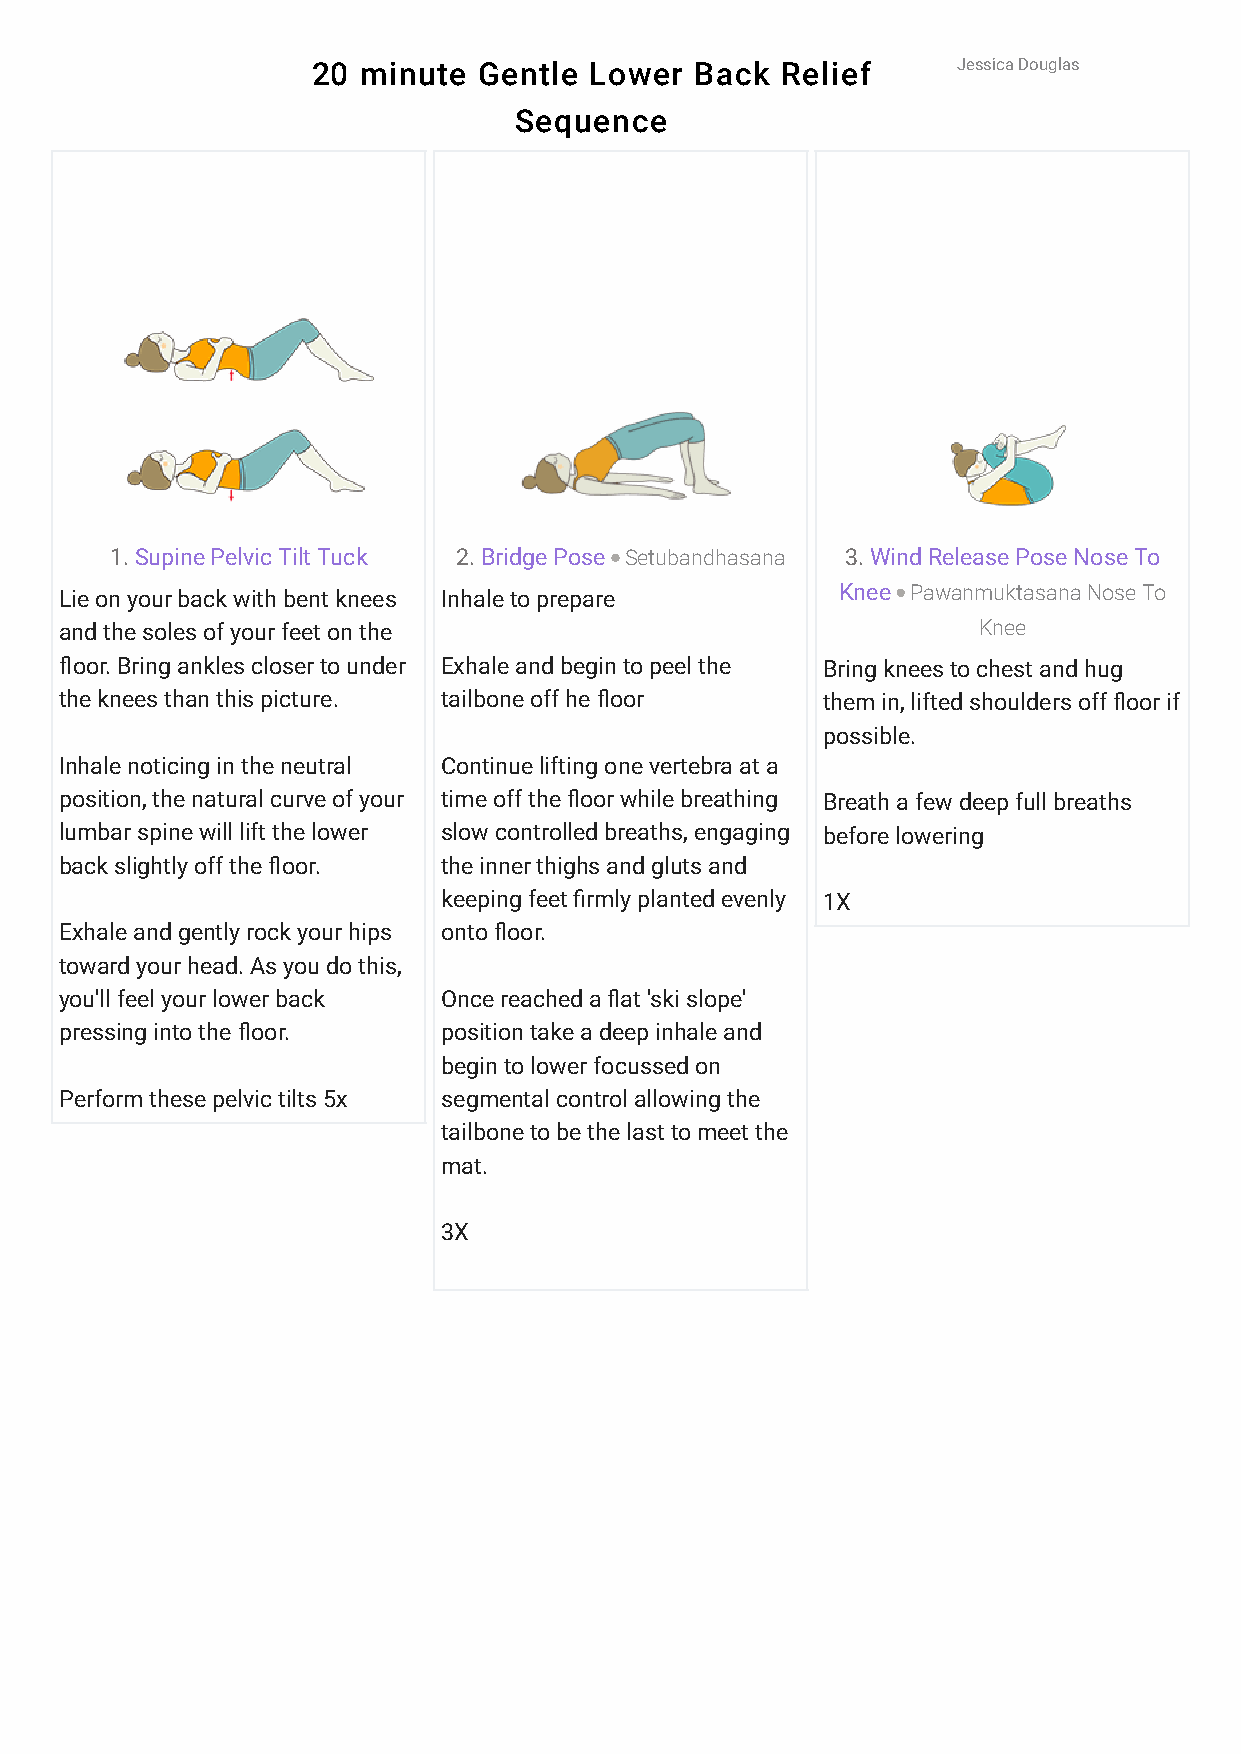
20 minute  Gentle Lower  Back  Relief     Jessica Douglas
 Sequence
 1. Supine Pelvic Tilt Tuck 2. Bridge Pose Setubandhasana 3. Wind Release Pose Nose To
 Lie on your back with bent knees Inhale to prepare  Knee Pawanmuktasana Nose To
 and the soles of your feet on the                            Knee
 ?oor. Bring ankles closer to under Exhale and begin to peel the Bring knees to chest and hug
 the knees than this picture. tailbone off he ?oor them in, lifted shoulders off ?oor if
 possible.
 Inhale noticing in the neutral Continue lifting one vertebra at a
 position, the natural curve of your time off the ?oor while breathing Breath a few deep full breaths
 lumbar spine will lift the lower slow controlled breaths, engaging before lowering
 back slightly off the ?oor. the inner thighs and gluts and
 keeping feet Krmly planted evenly 1X
 Exhale and gently rock your hips onto ?oor.
 toward your head. As you do this,
 you'll feel your lower back Once reached a ?at 'ski slope'
 pressing into the ?oor.  position take a deep inhale and
 begin to lower focussed on
 Perform these pelvic tilts 5x segmental control allowing the
 tailbone to be the last to meet the
 mat.
 3X